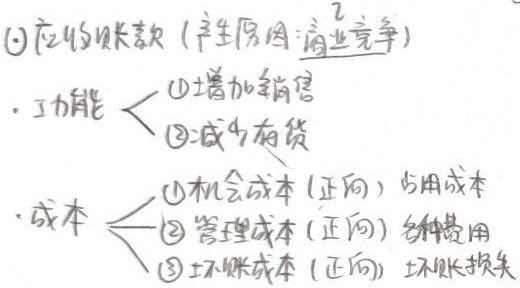
\textcircled{1}应收账款 (产生原因:商业竞争).
功能
\[
\begin{cases}
\text{\textcircled{1}增加销售}\\
\text{\textcircled{2}减少存货}
\end{cases}
\]
.
成本
\[
\begin{cases}
\text{\textcircled{1}机会成本(正向) 占用成本}\\
\text{\textcircled{2}管理成本(正向) 各种费用}\\
\text{\textcircled{3}坏账成本(正向) 坏账损失}
\end{cases}
\]